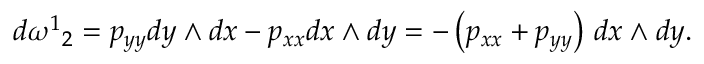
d { \omega ^ { 1 } } _ { 2 } = p _ { y y } d y \wedge d x - p _ { x x } d x \wedge d y = - \left( p _ { x x } + p _ { y y } \right) \, d x \wedge d y .